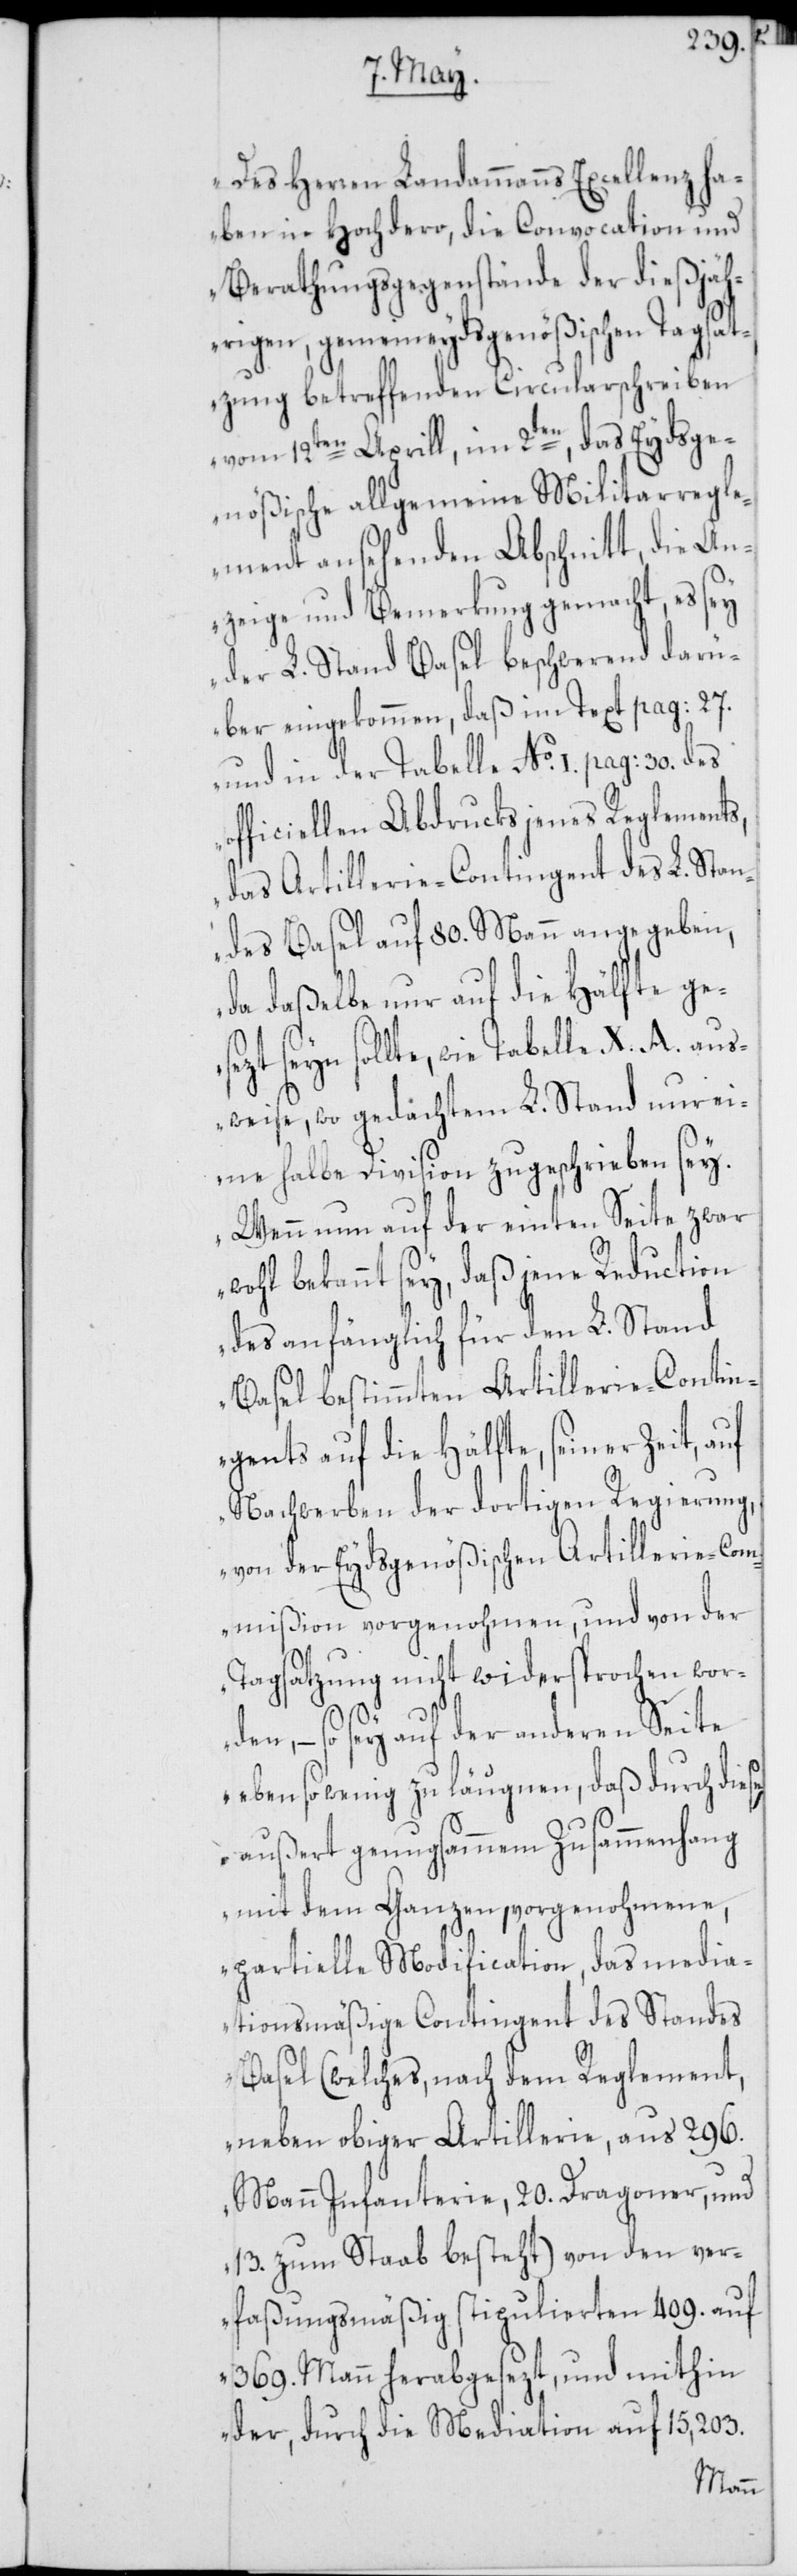
„Des Herren Landammanns Excellenz ha¬
ben in Hochdero, die Convocation und
Berathungsgegenstände der dießjäh¬
rigen, gemeineydsgenößischen Tagsat¬
zung betreffenden Circularschreiben
vom 12ten Aprill, im 2ten, das Eydsge¬
nößische allgemeine Militarregl¬
ement ansehenden Abschnitt, die An¬
zeige und Bemerkung gemacht, es sey
der L. Stand Basel beschwerend darü¬
ber eingekommen, daß im Text pag: 27.
und in der Tabelle No. I. pag: 30. des
officiellen Abdrucks jenes Reglements,
das Artillerie-Contingent des L. Stan¬
des Basel auf 80. Mann angegeben,
da daßelbe nur auf die Hälfte ge¬
sezt seyn sollte, wie Tabelle X. A. aus¬
weise, wo gedachtem L. Stand nur ei¬
ne halbe Division zugeschrieben sey.
Wenn nun auf der einten Seite zwar
wohl bekannt sey, daß jene Reduction
des anfänglich für den L. Stand
Basel bestimmten Artillerie-Contin¬
gents auf die Hälfte, seiner Zeit, auf
Nachwerben der dortigen Regierung,
von der Eydsgenößischen Artillerie-Com¬
mißion vorgenohmen, und von der
Tagsatzung nicht widersprochen wor¬
den, – so sey auf der anderen Seite
eben so wenig zu läugnen, daß durch diese,
außert genugsammem Zusammenhang
mit dem Ganzen, vorgenohmene,
partielle Modification, das media¬
tionsmäßige Contingent des Standes
Basel (welches, nach dem Reglement,
neben obiger Artillerie, aus 296.
Mann Infanterie, 20. Dragoner, und
13. zum Staab besteht), von den ver¬
faßungsmäßig stipulierten 409. auf
369. Mann herabgesezt, und mithin
der, durch die Mediation auf 15,203.